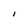
Character: I